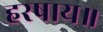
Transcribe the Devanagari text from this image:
हरषाय॥